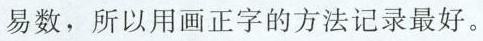
易数，所以用画正字的方法记录最好。